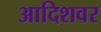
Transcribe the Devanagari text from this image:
आदिशवर